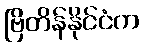
ဗြိတိန်နိုင်ငံက